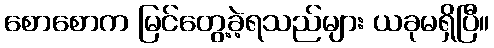
စောစောက မြင်တွေ့ခဲ့ရသည်များ ယခုမရှိပြီ။